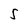
Character: S